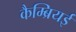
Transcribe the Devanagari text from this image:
कैम्ब्रियई